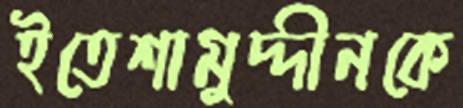
ইতেশামুদ্দীনকে